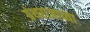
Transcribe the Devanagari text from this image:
ग्रंथराजाच्या